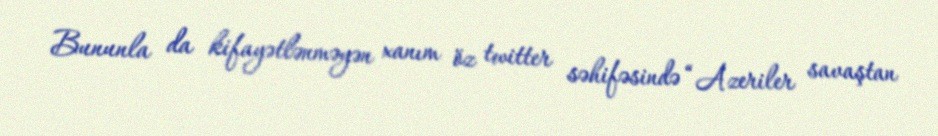
Bununla da kifayətlənməyən xanım öz twitter səhifəsində “Azeriler savaştan